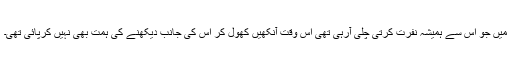
میں جو اس سے ہمیشہ نفرت کرتی چلی آرہی تھی اس وقت آنکھیں کھول کر اس کی جانب دیکھنے کی ہمت بھی نہیں کرپائی تھی۔